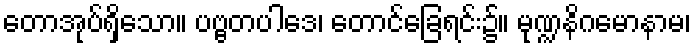
တောအုပ်ရှိသော။ ပဗ္ဗတပါဒေ၊ တောင်ခြေရင်း၌။ မုဏ္ဍနိဂမောနာမ၊